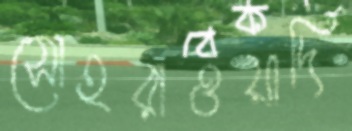
সোহরাওয়ার্দি